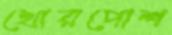
খোরপোশ